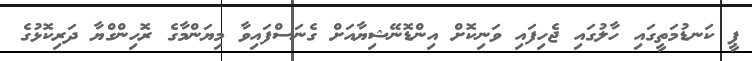
ޕީ ކަނޑުމަތީގައި ހާލުގައި ޖެހިފައި ވަނިކޮށް އިންޑޮނޭޝިޔާއަށް ގެނަސްފައިވާ މިޔަންމާގެ ރޮހިންގްޔާ ދަރިކޮޅުގެ